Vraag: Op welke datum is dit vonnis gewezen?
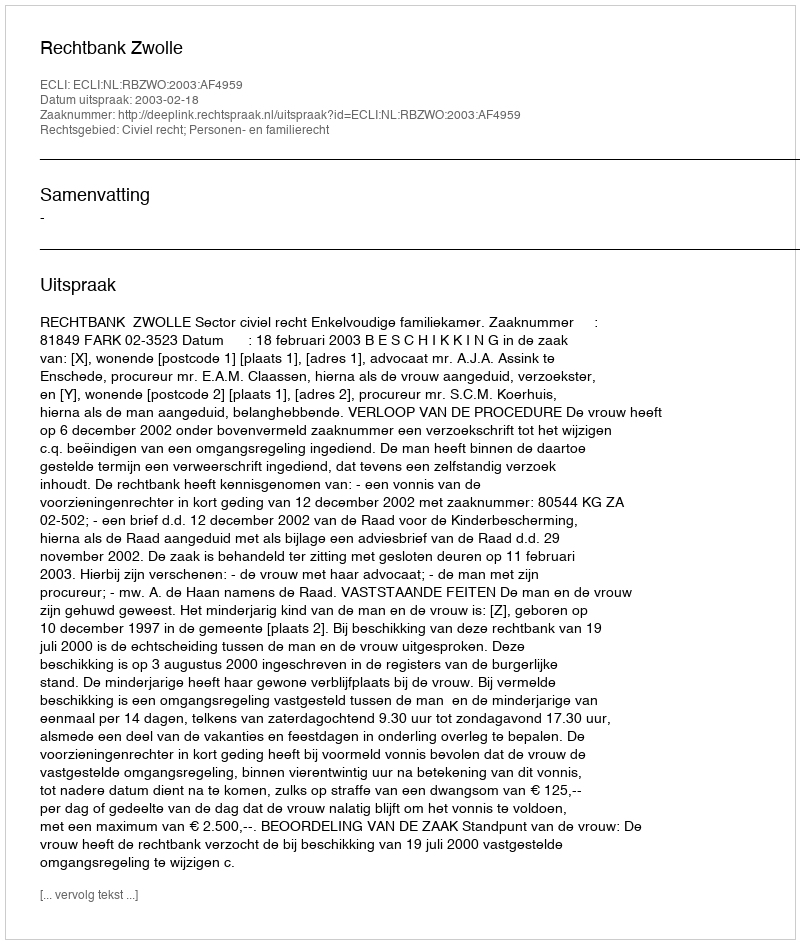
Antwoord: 2003-02-18